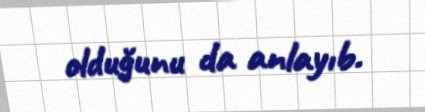
olduğunu da anlayıb.